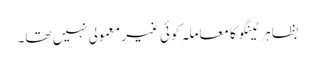
بظاہر ٹینگو کا معاملہ کوئی غیر معمولی نہیں تھا۔